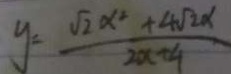
y = \frac { \sqrt { 2 } x ^ { 2 } + 4 \sqrt { 2 x } } { 2 x + 4 }